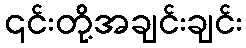
၎င်းတို့အချင်းချင်း